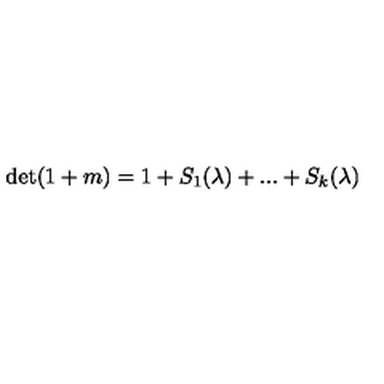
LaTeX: \det ( 1 + m ) = 1 + S _ { 1 } ( \lambda ) + . . . + S _ { k } ( \lambda )